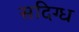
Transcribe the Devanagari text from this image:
सदिग्ध